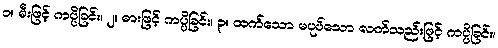
၁။ မီးဖြင့် ကပ္ပိခြင်း၊ ၂။ ဓားဖြင့် ကပ္ပိခြင်း၊ ၃။ ထက်သော မပုပ်သော လက်သည်းဖြင့် ကပ္ပိခြင်း၊